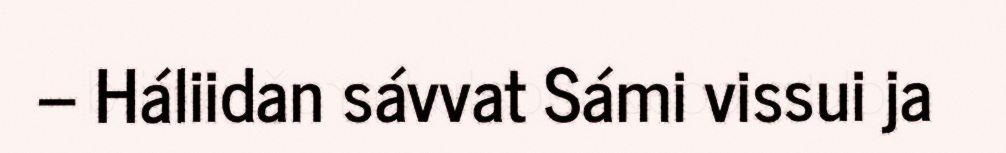
– Háliidan sávvat Sámi vissui ja